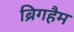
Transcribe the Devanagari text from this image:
ब्रिगहैम